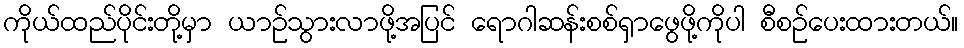
ကိုယ်ထည်ပိုင်းတို့မှာ ယာဉ်သွားလာဖို့အပြင် ရောဂါဆန်းစစ်ရှာဖွေဖို့ကိုပါ စီစဉ်ပေးထားတယ်။